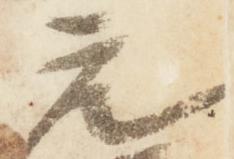
元